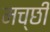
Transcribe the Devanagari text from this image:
मच्छी